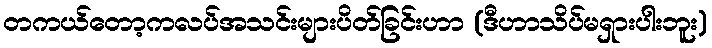
တကယ်တော့ကလပ်အသင်းများပိတ်ခြင်းဟာ (ဒီဟာသိပ်မရှားပါးဘူး)